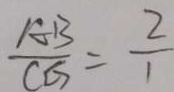
\frac { A B } { C G } = \frac { 2 } { 1 }